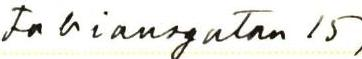
Fabiansgatan 15,